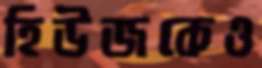
হিউজকেও